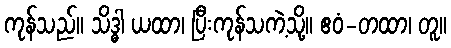
ကုန်သည်။ သိဒ္ဓါ ယထာ၊ ပြီးကုန်သကဲ့သို့။ ဧဝံ-တထာ၊ တူ။